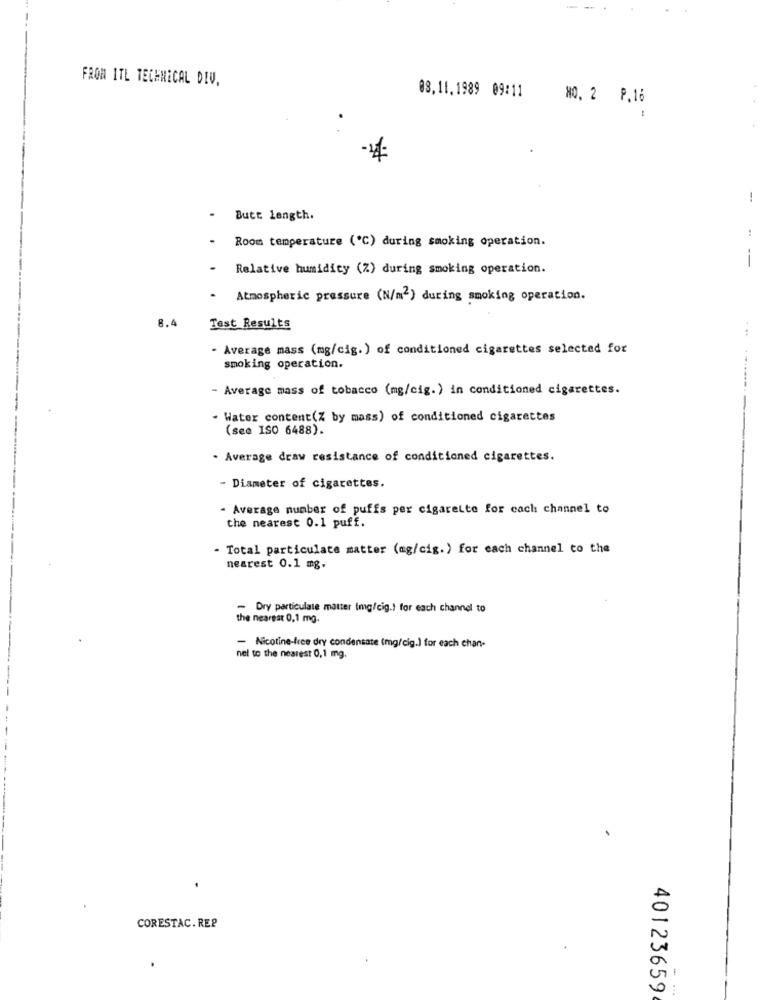
FROM ITL TECHNICAL DIV.
08.11.1989 09:11
NO. 2 P.16
!
Butt length.
.
Room temperature ('℃) during smoking operation.
Relative humidity (%) during smoking operation.
--
.
Atmospheric pressure (N/m2) during smoking operation.
8.4
Test Results
- Average mass (mg/cig.) of conditioned cigarettes selected for
smoking operation.
- Average mass of tobacco (mg/cig.) in conditioned cigarettes.
- Water content(% by mass) of conditioned cigarettes
(see ISO 6488).
. Average draw resistance of conditioned cigarettes.
- Diameter of cigarettes.
- Average number of puffs per cigarette for each channel to
the nearest 0.1 puff.
- Total particulate matter (ag/cig.) for each channel co the
nearest 0.1 mg.
- Dry particulate matter (mg/cig.) for each channel to
the nearest 0,1 mg.
- Nicotine-free dry condensate (mg/cig.) for each chan-
nel to the nearest 0,1 mg.
CORESTAC. REP
40123659